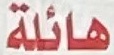
هائلة